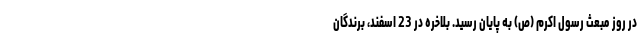
در روز مبعث رسول اکرم (ص) به پایان رسید. بلاخره در 23 اسفند، برندگان